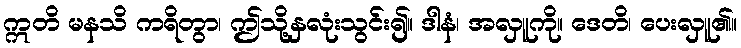
ဣတိ မနသိ ကရိတွာ၊ ဤသို့နှလုံးသွင်း၍။ ဒါနံ၊ အလှူကို။ ဒေတိ၊ ပေးလှူ၏။